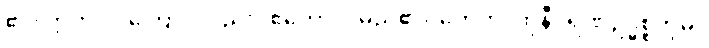
၏။ ဣတိဝါ၊ ကြောင့်လည်း။ ဧကောဒိ၊ မည်၏။ တေဟိ၊ ထိုနီဝရဏဥဒ္ဓစ္စတို့မှ။